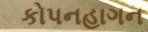
કોપનહાગન